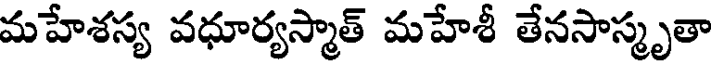
మహేశస్య వధూర్యస్మాత్ మహేశీ తేనసాస్మృతా